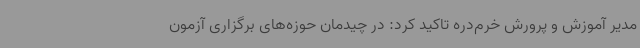
مدیر آموزش و پرورش خرم‌دره تاکید کرد: در چیدمان حوزه‌های برگزاری آزمون